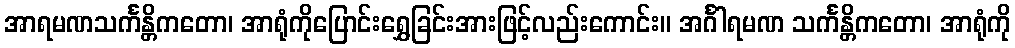
အာရမဏသင်္ကန္တိကတော၊ အာရုံကိုပြောင်းရွှေခြင်းအားဖြင့်လည်းကောင်း။ အင်္ဂါရမဏ သင်္ကန္တိကတော၊ အာရုံကို